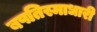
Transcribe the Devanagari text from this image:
बपतिस्माधारी